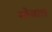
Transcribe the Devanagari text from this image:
मोबात